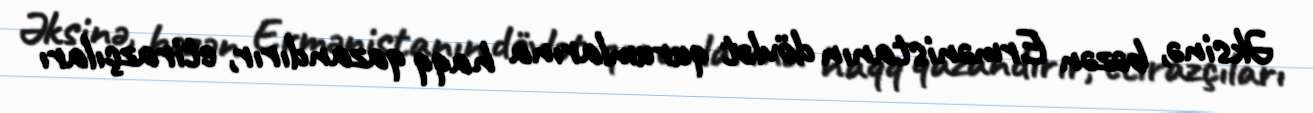
Əksinə, bəzən Ermənistanın dövlət qurumlarına haqq qazandırır, etirazçıları